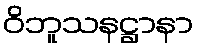
ဝိဘူသနဋ္ဌာနာ